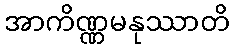
အာကိဏ္ဏမနုဿာတိ